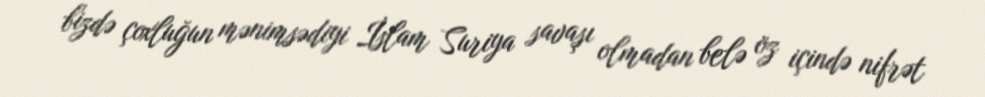
bizdə çoxluğun mənimsədiyi İslam Suriya savaşı olmadan belə öz içində nifrət